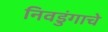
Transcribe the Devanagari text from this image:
निवडुंगाचे